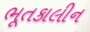
ભૂતકાલીન